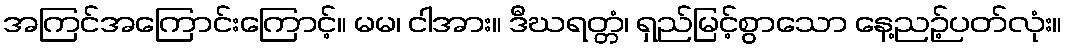
အကြင်အကြောင်းကြောင့်။ မမ၊ ငါအား။ ဒီဃရတ္တံ၊ ရှည်မြင့်စွာသော နေ့ညဉ့်ပတ်လုံး။